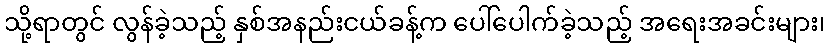
သို့ရာတွင် လွန်ခဲ့သည့် နှစ်အနည်းငယ်ခန့်က ပေါ်ပေါက်ခဲ့သည့် အရေးအခင်းများ၊